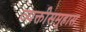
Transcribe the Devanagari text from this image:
व्यक्तीसमूहास